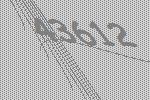
43612